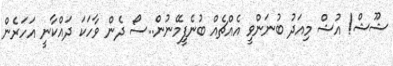
ޝޫޝް! އުޝް މިއަދު ބުނަންވީ އެއްޗެއް ބުނެފީމޭނުން..ސޯ ދެން ވާހަކަ ދައްކާނީ އަހަރެން